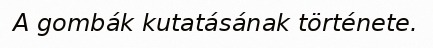
A gombák kutatásának története.